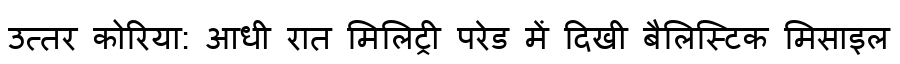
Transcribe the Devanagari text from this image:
उत्तर कोरिया: आधी रात मिलिट्री परेड में दिखी बैलिस्टिक मिसाइल